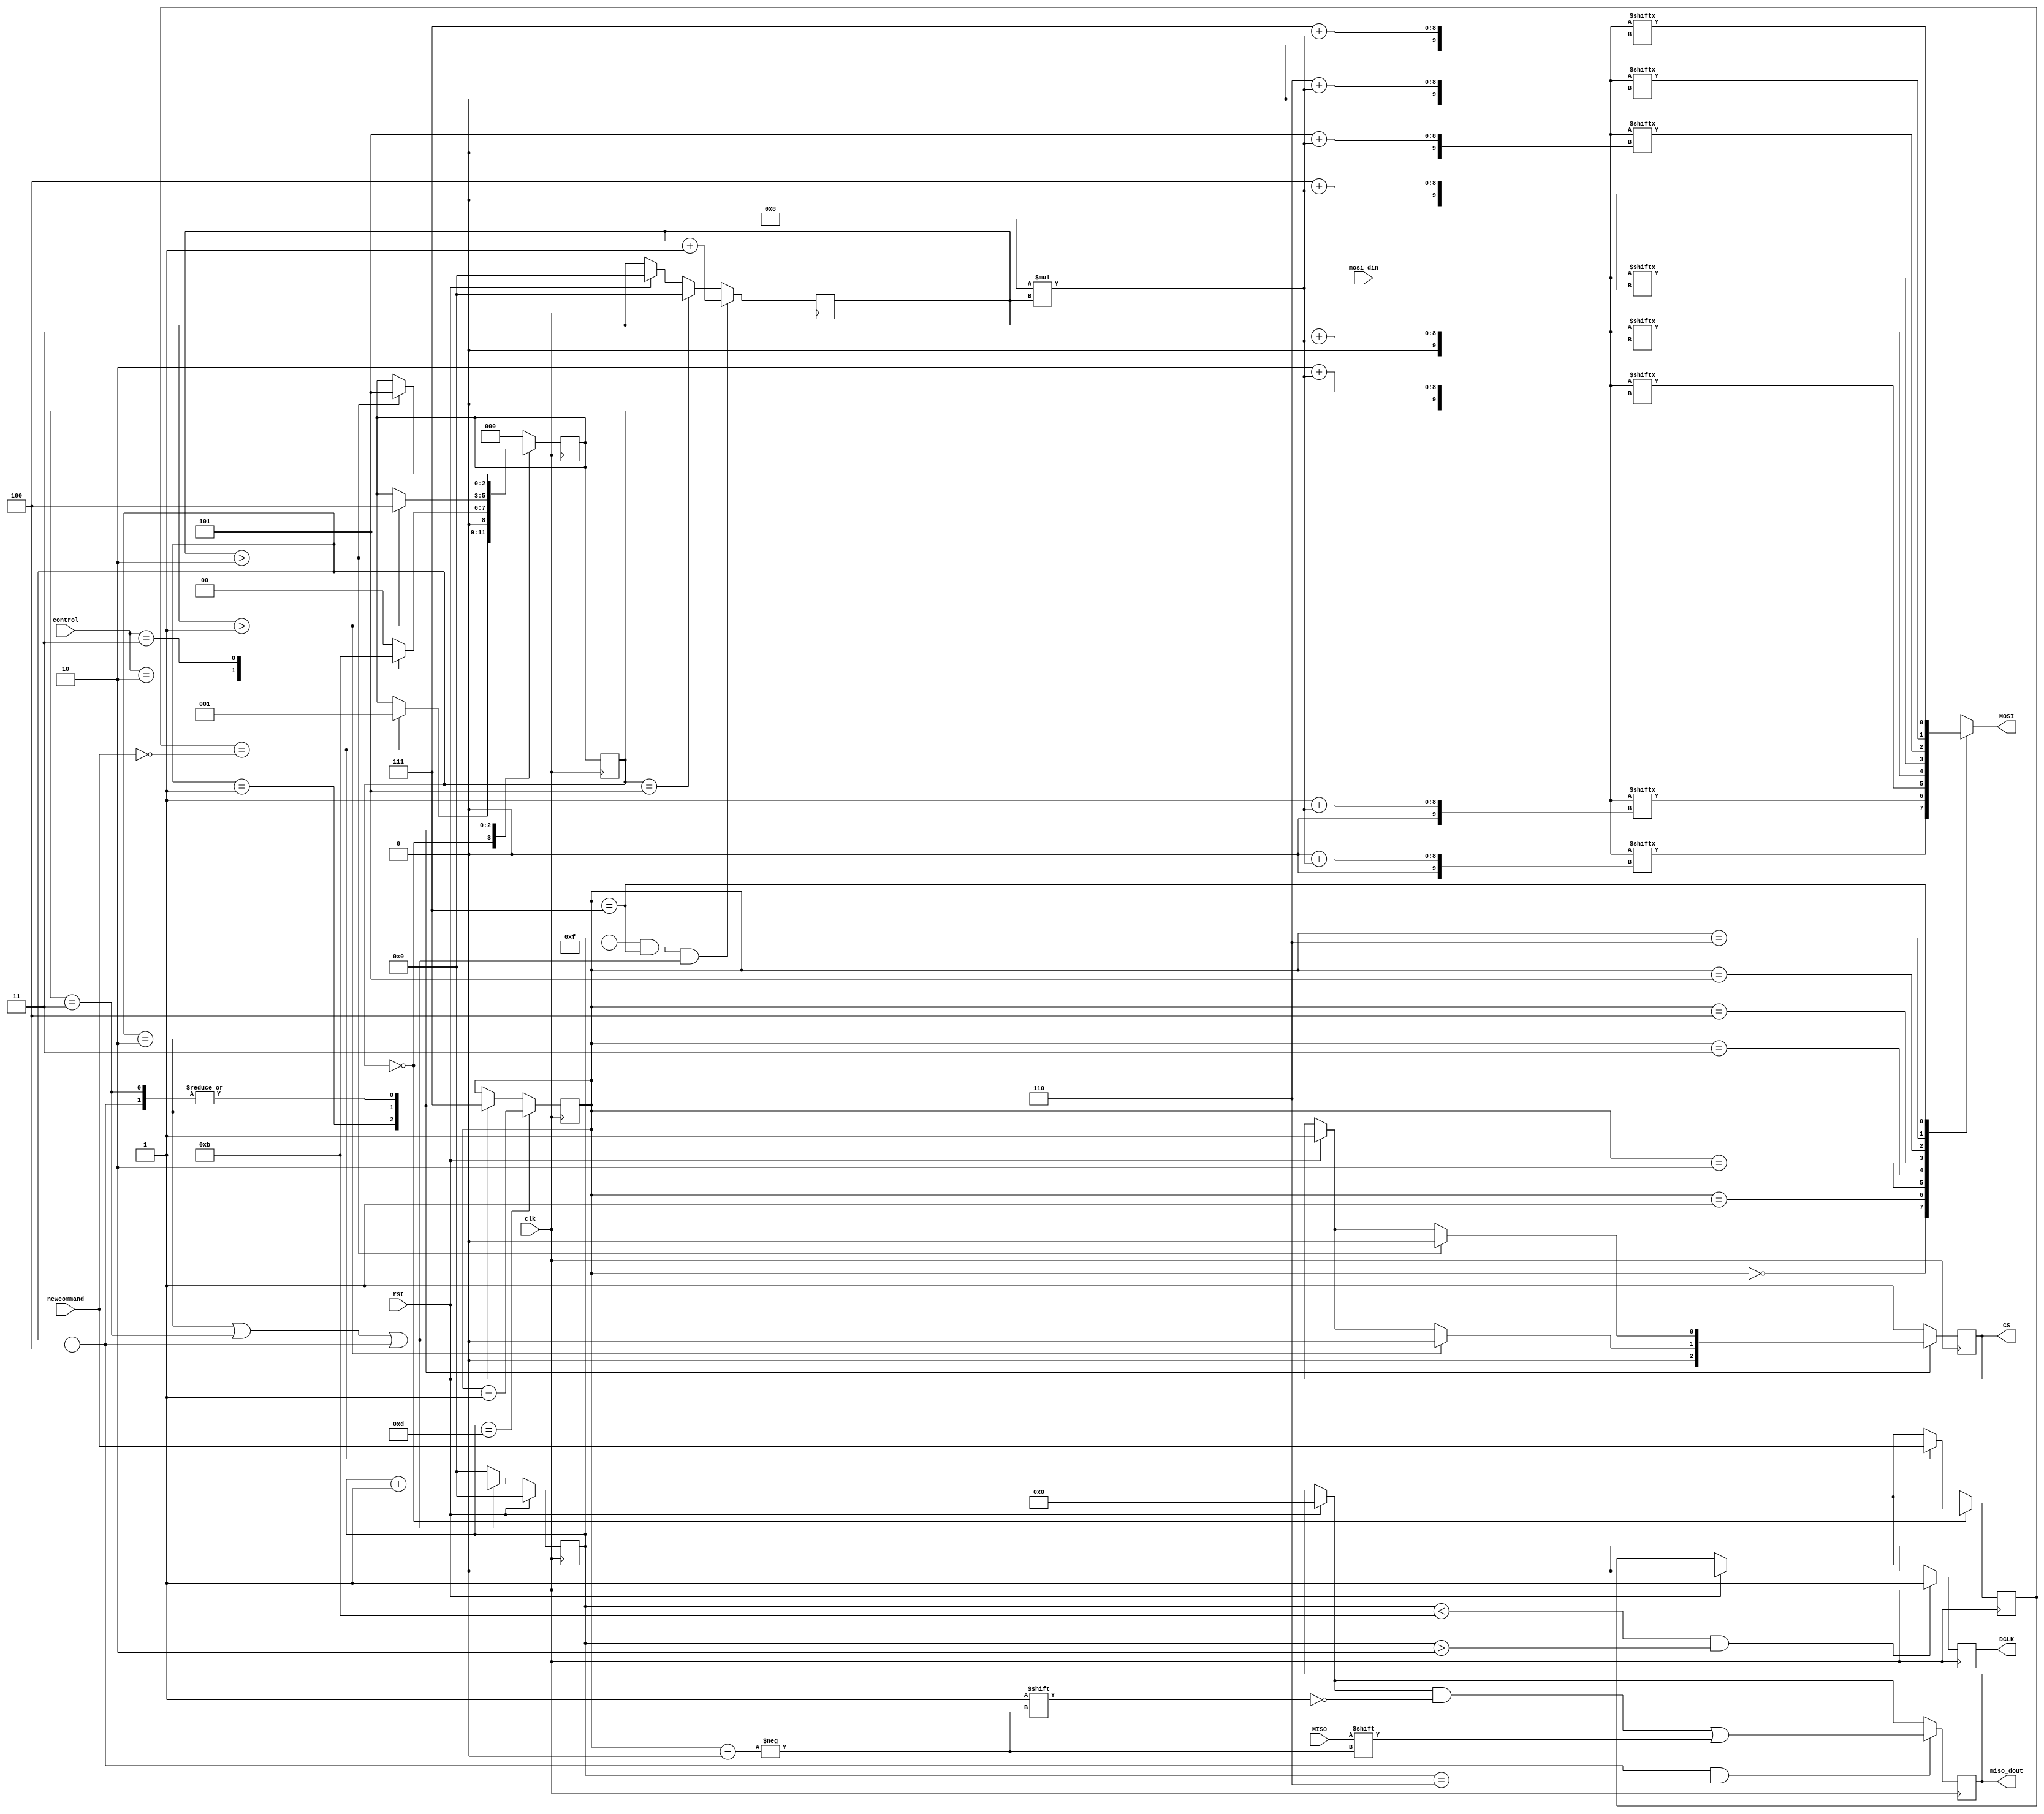
module spi(
    input clk,					// main clock, drives all logic
    input rst,					// asynchronous reset
    input [31:0] mosi_din,		// 8-bit data to be transmitted
    input [2:0] control,		// 010 for 16-bit data send and then 8 bit read, 011 for 24-bit data send
    output reg [7:0] miso_dout,	// 8-bit received data
    
	//spi signals
    input newcommand, //The first time input bit is high, and an operation is performed for each level shift
	output reg DCLK,
	output reg MOSI,
	output reg CS,
	input MISO
    );

// State machine states
parameter IDLE = 3'b000;
parameter START = 3'b001;
parameter SEND16 = 3'b010;
parameter SEND24 = 3'b011;
parameter RECV = 3'b100;
parameter FINISH = 3'b101;

reg oldcommand = 0;
reg [2:0] next_state, state;
reg [3:0] counter, miso_reg, mosi_reg, sendcounter;
reg [2:0] bitcounter = 3'b111;

always @(posedge clk) 
begin
	if(rst)
	begin
	counter <= 4'b0;
	end
		else 
			if (state == SEND16 || state == SEND24 || state == RECV) begin
				counter <= counter + 1;
			end
			else begin
			    counter <= 4'b0;
			end
end

always @(posedge clk)
begin
	if(rst)
	begin
	bitcounter <= 3'b111;
	sendcounter <= 0;
	DCLK <= 0;
	miso_dout <= 8'b0;
	end
	if((counter < 4'b1011) && (counter > 4'b0010)) begin
			DCLK <= 1'b1;
		end
		else begin
			DCLK <= 1'b0;
		end
		if(counter == 4'b1101) begin
			bitcounter <= bitcounter - 1'b1;
		end
		if((state == RECV) && (counter == 4'b0110))begin
            miso_dout[bitcounter] <= MISO;
        end
		if(counter == 4'b1111 && bitcounter == 3'b111 && (state == SEND16 || state == SEND24 || state == RECV)) begin
		    sendcounter <= sendcounter + 1'b1;
		end
		else if(state == FINISH) begin
		      sendcounter <= 0;
		end
end

always @ (bitcounter or mosi_din or sendcounter)
	case (bitcounter)
		4'd0:		MOSI = mosi_din[0 + 8 * sendcounter];	// LSB
		4'd1:		MOSI = mosi_din[1 + 8 * sendcounter];
		4'd2:		MOSI = mosi_din[2 + 8 * sendcounter];
		4'd3:		MOSI = mosi_din[3 + 8 * sendcounter];
		4'd4:		MOSI = mosi_din[4 + 8 * sendcounter];
		4'd5:		MOSI = mosi_din[5 + 8 * sendcounter];
		4'd6:		MOSI = mosi_din[6 + 8 * sendcounter];
		4'd7:		MOSI = mosi_din[7 + 8 * sendcounter];	// MSB
		default:	MOSI = 1'b0;
endcase

always @(posedge clk)
begin
    if(rst)
    begin
        state <= IDLE;
    end
    state <= next_state;
end

always @(posedge clk)
begin
        if(rst) begin
        oldcommand <= 1'b0;
        CS <= 1;
        end
        case(state)
        IDLE:   begin
                if(oldcommand == ~newcommand) begin
                    oldcommand <= newcommand;
                    next_state <= START;
                    end
                CS <= 1;
                end
        START:  begin
                CS <= 0;
                case(control)
                        SEND16: next_state <= SEND16;
                        SEND24: next_state <= SEND24;
						default: next_state <= IDLE;
                endcase
                end
        SEND16: if(sendcounter > 3'd1)
                begin
                    next_state <= RECV;
                    CS <= 0;
                end
        SEND24: if(sendcounter > 3'd2)
                begin
                    next_state <= FINISH;
                    CS <= 0;
                end
        RECV:   if((sendcounter > 3'd2))
                begin
                    next_state <= FINISH;
					CS <= 0;
                end
        FINISH: begin
                    next_state <= IDLE;
                    CS <= 1;
                end
        default: begin
                    next_state <= IDLE;
                    CS <= 1;
                 end
        endcase
end
endmodule